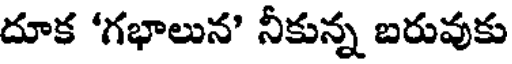
దూక 'గభాలున' నీకున్న బరువుకు